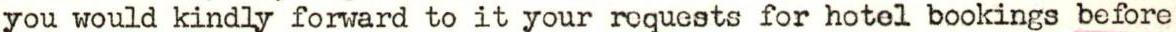
you would kindly forward to it your requests for hotel bookings before